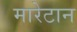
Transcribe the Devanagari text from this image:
मारेटान